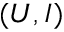
( U , I )